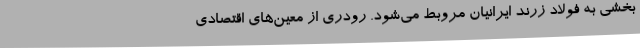
بخشی به فولاد زرند ایرانیان مروبط می‌شود. رودری از معین‌های اقتصادی